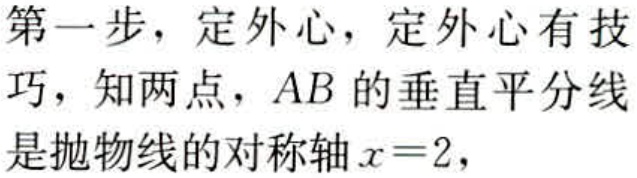
第一步，定外心，定外心有技巧，知两点，\(AB\) 的垂直平分线是抛物线的对称轴\(x = 2\)，